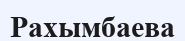
Рахымбаева